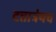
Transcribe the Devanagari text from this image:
दत्तात्रेयच